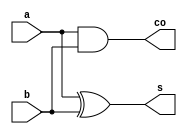
module ha1
(
	output	s,
	output	co,
	input		a,
	input		b
);

assign s = a ^ b;
assign co = a & b;

endmodule